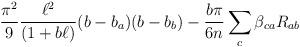
LaTeX: \begin{align*}{\pi^2\over9}{\ell^2\over(1+b\ell)}(b-b_a)(b-b_b) - {b\pi\over6n}\sum_{c}\beta_{ca}R_{ab}\end{align*}